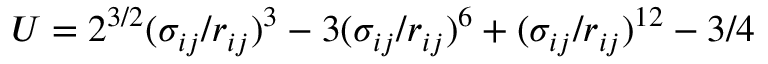
U = 2 ^ { 3 / 2 } ( \sigma _ { i j } / r _ { i j } ) ^ { 3 } - 3 ( \sigma _ { i j } / r _ { i j } ) ^ { 6 } + ( \sigma _ { i j } / r _ { i j } ) ^ { 1 2 } - 3 / 4